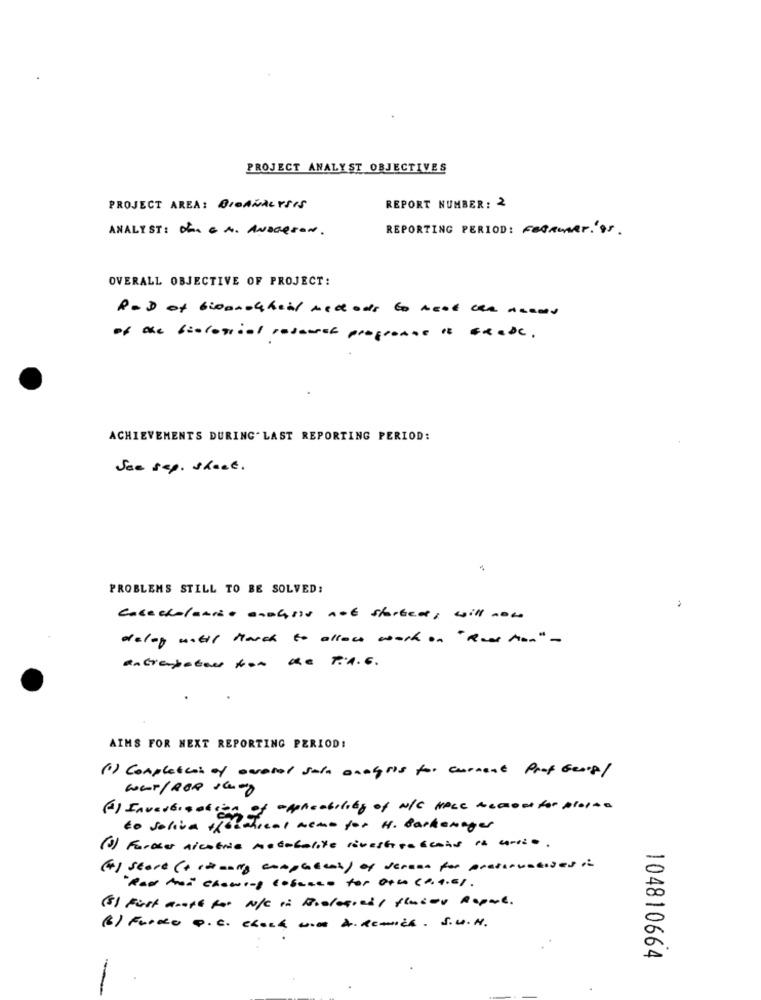
PROJECT ANALYST OBJECTIVES
PROJECT AREA: BIOANALYSIS
REPORT NUMBER: 2
ANALYST: DE. C. A. ANDGeron .
REPORTING PERIOD: FEBRUARY. '95 .
OVERALL OBJECTIVE OF PROJECT:
ROD of bioandchill med ods to nest can needs
of the biological research programse " Erede.
ACHIEVEMENTS DURING. LAST REPORTING PERIOD:
See sep. shace.
PROBLEMS STILL TO BE SOLVED:
casacholanist anausis not started, will now
delop watil March to allow work on "Real han" -
Antiempatar tor de P.A.c.
AIMS FOR NEXT REPORTING PERIOD:
(1) Completion of overal sain analysis for current Prof Georg/
(A) InVertigo
if - Aplicability of w/C HPLC meconfor plaine
to soliva
.T.c ., weme for H. Barkanager
(3) Forcer nicotra metabolite rivestiraciais la carria.
(4) start (+ ritually completeoh) of dereas for preservatives in
Red Aron chewing cobraco for othe corniel.
(8) First anoth for N/C in Biological fluids Repul.
(6) Fardo p. c. chach un AIREmich. S.U.N.
104810664